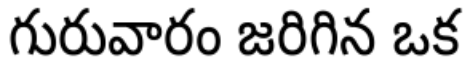
గురువారం జరిగిన ఒక